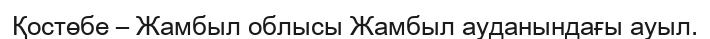
Қостөбе – Жамбыл облысы Жамбыл ауданындағы ауыл.